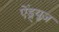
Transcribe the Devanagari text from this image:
ऐंड्र्यूज़